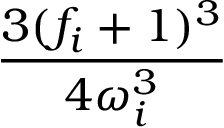
\frac { 3 ( f _ { i } + 1 ) ^ { 3 } } { 4 \omega _ { i } ^ { 3 } }